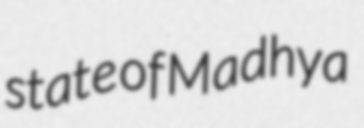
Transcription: state of Madhya